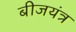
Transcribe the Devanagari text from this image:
बीजयंत्र